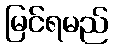
မြင်ရမည်